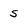
Character: S